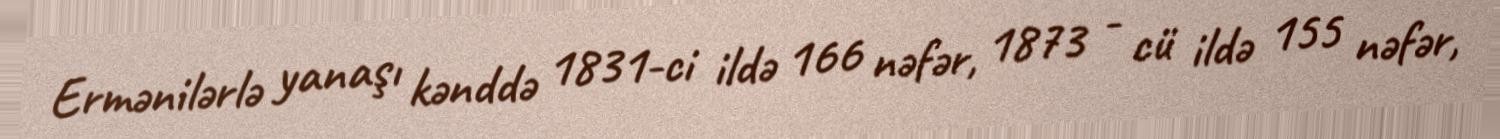
Ermənilərlə yanaşı kənddə 1831-ci ildə 166 nəfər, 1873 - cü ildə 155 nəfər,